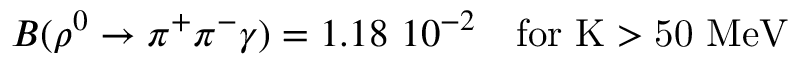
B ( \rho ^ { 0 } \rightarrow \pi ^ { + } \pi ^ { - } \gamma ) = 1 . 1 8 \, \, 1 0 ^ { - 2 } \quad \mathrm { f o r ~ K > 5 0 ~ M e V }